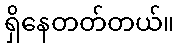
ရှိနေတတ်တယ်။